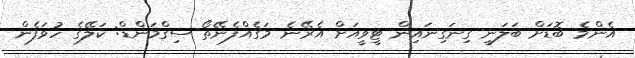
އެންމެ ބޮޑަށް ބަލަނީ ގިނަގިނައިން ޓީވީއަށް އެރޭނެ މަގެއްފެނޭތޯ ސިގްމަންޑް: ކަލޭގެ ހުވަފެން